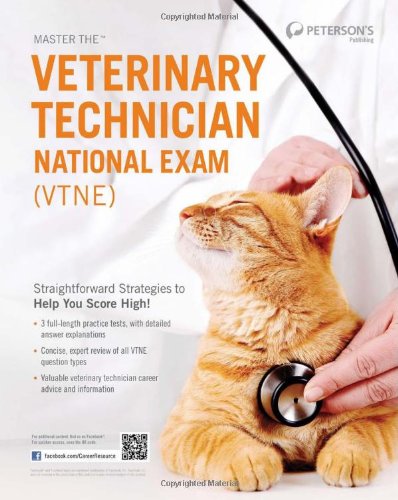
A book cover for Master the Veterinary Technician National Exam (VTNE); Peterson's; Test Preparation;